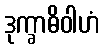
ဒုက္ခာဓိဝါဟံ